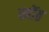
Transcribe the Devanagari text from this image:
खोंठ